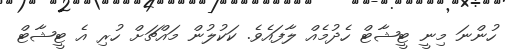
ހުންނަ މިނީ ޓީޝާޓް ހެދުމެއް ލާފައެވެ. ކަކުލުން މައްޗަށް ހުރި އެ ޓީޝާޓް